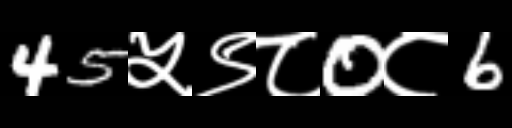
Text: 45५९८0८6